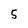
Character: 5